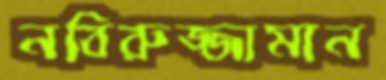
নবিরুজ্জামান